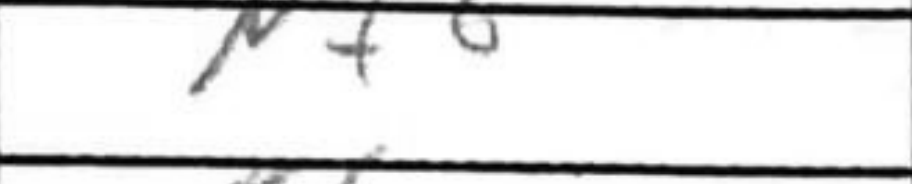
Transcription: Nf6